Civil Veterinary Dept. North-West Frontier Province 1933-46 - 1933-1946
Year: 1933
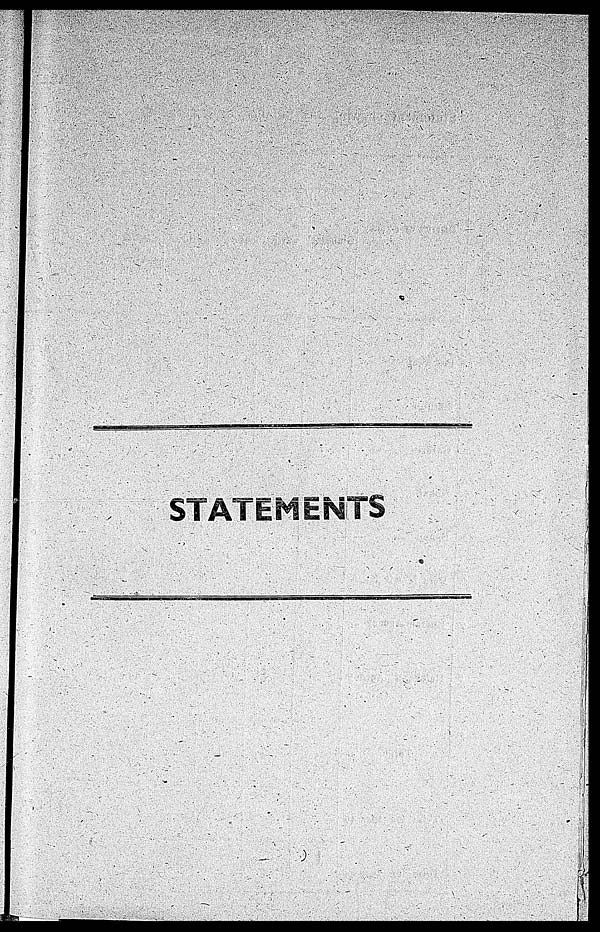
STATEMENTS